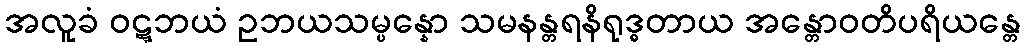
အလူခံ ဝဋ္ဋဘယံ ဥဘယသမ္ပန္နော သမနန္တရနိရုဒ္ဓတာယ အန္တောဝတိပရိယန္တေ